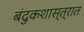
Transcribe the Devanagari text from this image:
बंदुकशास्त्रात